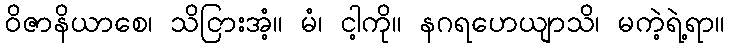
ဝိဇာနိယာစေ၊ သိငြားအံ့။ မံ၊ ငါ့ကို။ နဂရဟေယျာသိ၊ မကဲ့ရဲ့ရာ။